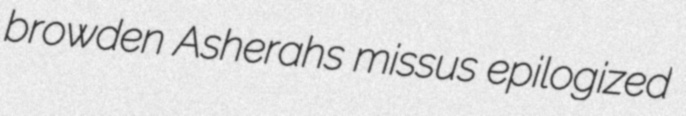
browden Asherahs missus epilogized